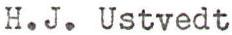
H.J. Ustvedt